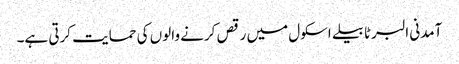
آمدنی البرٹا بیلے اسکول میں رقص کرنے والوں کی حمایت کرتی ہے۔